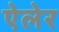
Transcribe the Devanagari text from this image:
ऐलेर